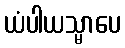
ယံပါယသ္မာပေ